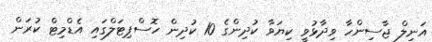
އަނިލް ޖާސިންހާ ވިދާޅުވީ ކިޔަވާ ކުދިންގެ 10 ކުދިން ހޮސްޕިޓަލްގައި އެޑްމިޓް ކުރަން